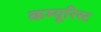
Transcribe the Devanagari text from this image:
कम्यूरिस्ट